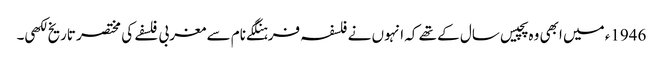
1946ء میں ابھی وہ پچیس سال کے تھے کہ انہوں نے فلسفہ فرہنگکے نام سے مغربی فلسفے کی مختصر تاریخ لکھی۔